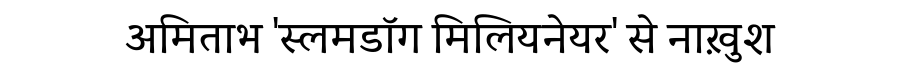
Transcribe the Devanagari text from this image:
अमिताभ 'स्लमडॉग मिलियनेयर' से नाख़ुश